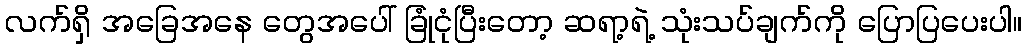
လက်ရှိ အခြေအနေ တွေအပေါ် ခြုံငုံပြီးတော့ ဆရာ့ရဲ့ သုံးသပ်ချက်ကို ပြောပြပေးပါ။